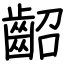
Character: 齠